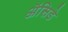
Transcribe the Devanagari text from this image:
ॲसिडे